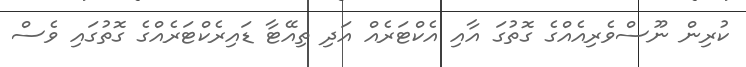
ކުރިން ނޫސްވެރިއެއްގެ ގޮތުގަ އާއި އެކްޓަރެއް އަދި ތިއޭޓާ ޑައިރެކްޓަރެއްގެ ގޮތުގައި ވެސް